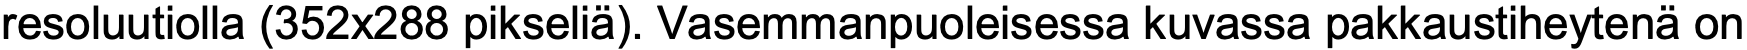
resoluutiolla (352x288 pikseliä). Vasemmanpuoleisessa kuvassa pakkaustiheytenä on